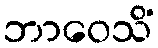
ဘာဝေသိံ